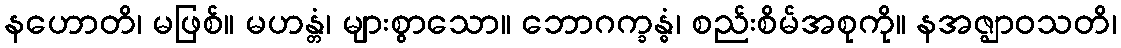
နဟောတိ၊ မဖြစ်။ မဟန္တံ၊ များစွာသော။ ဘောဂက္ခန္ဓံ၊ စည်းစိမ်အစုကို။ နအဇ္ဈာဝသတိ၊